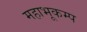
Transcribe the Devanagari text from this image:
महाभूकम्प